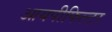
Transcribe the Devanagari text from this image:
आयपीफिल्टर